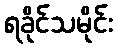
ရခိုင်သမိုင်း